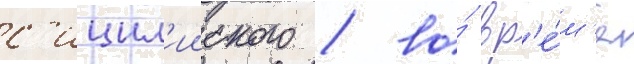
с'ицил'ииского / во́ вр'е́м'я